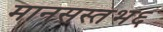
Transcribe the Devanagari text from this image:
मानसस्तंभ६